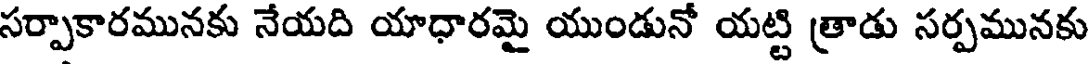
సర్పాకారమునకు నేయది యాధారమై యుండునో యట్టి (తాడు సర్పమునకు